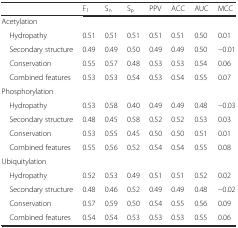
<table><thead><tr><td></td><td><b>F<sub>1</sub></b></td><td><b>S<sub>n</sub></b></td><td><b>S<sub>p</sub></b></td><td><b>PPV</b></td><td><b>ACC</b></td><td><b>AUC</b></td><td><b>MCC</b></td></tr></thead><tbody><tr><td colspan="8">Acetylation</td></tr><tr><td> Hydropathy</td><td>0.51</td><td>0.51</td><td>0.51</td><td>0.51</td><td>0.51</td><td>0.50</td><td>0.01</td></tr><tr><td> Secondary structure</td><td>0.49</td><td>0.49</td><td>0.50</td><td>0.49</td><td>0.49</td><td>0.50</td><td>−0.01</td></tr><tr><td> Conservation</td><td>0.55</td><td>0.57</td><td>0.48</td><td>0.53</td><td>0.53</td><td>0.54</td><td>0.06</td></tr><tr><td> Combined features</td><td>0.53</td><td>0.53</td><td>0.54</td><td>0.53</td><td>0.54</td><td>0.55</td><td>0.07</td></tr><tr><td colspan="8">Phosphorylation</td></tr><tr><td> Hydropathy</td><td>0.53</td><td>0.58</td><td>0.40</td><td>0.49</td><td>0.49</td><td>0.48</td><td>−0.03</td></tr><tr><td> Secondary structure</td><td>0.48</td><td>0.45</td><td>0.58</td><td>0.52</td><td>0.52</td><td>0.53</td><td>0.03</td></tr><tr><td> Conservation</td><td>0.53</td><td>0.55</td><td>0.45</td><td>0.50</td><td>0.50</td><td>0.51</td><td>0.01</td></tr><tr><td> Combined features</td><td>0.55</td><td>0.56</td><td>0.52</td><td>0.54</td><td>0.54</td><td>0.55</td><td>0.08</td></tr><tr><td colspan="8">Ubiquitylation</td></tr><tr><td> Hydropathy</td><td>0.52</td><td>0.53</td><td>0.49</td><td>0.51</td><td>0.51</td><td>0.52</td><td>0.02</td></tr><tr><td> Secondary structure</td><td>0.48</td><td>0.46</td><td>0.52</td><td>0.49</td><td>0.49</td><td>0.48</td><td>−0.02</td></tr><tr><td> Conservation</td><td>0.57</td><td>0.59</td><td>0.50</td><td>0.54</td><td>0.55</td><td>0.56</td><td>0.09</td></tr><tr><td> Combined features</td><td>0.54</td><td>0.54</td><td>0.53</td><td>0.53</td><td>0.53</td><td>0.55</td><td>0.06</td></tr></tbody></table>